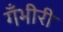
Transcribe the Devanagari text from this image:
गँभीरी